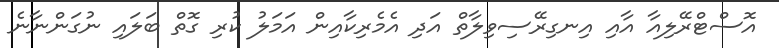
އޮސްޓްރޭލިއާ އާއި އިނގިރޭސިވިލާތް އަދި އެމެރިކާއިން އަމަލު ކުރި ގޮތް ބަލައި ނުގަންނާނެ